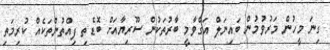
ގިނަ މީހުން މަރުވުމުން ބައިނަލް އަގްވާމީ ބާރުތަކުން ސޫރިޔާއަށް ބޮޑެތި ފިއްތުންތަކެއް ކުރިމަތި